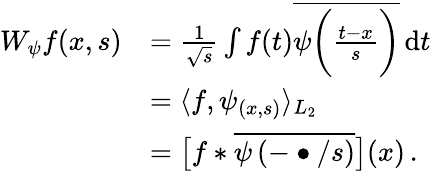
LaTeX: \begin{array}{rl}{W_{\psi}f(x,s)}&{=\frac{1}{\sqrt{s}}\int f(t)\overline{{\psi\bigg(\frac{t-x}{s}\bigg)}}\, \mathrm{d}t}\\ &{=\langle f,\psi_{(x,s)}\rangle_{L_{2}}}\\ &{=\big[f\ast\overline{{\psi\left(-\bullet/s\right)}}\big](x)\, .}\end{array}